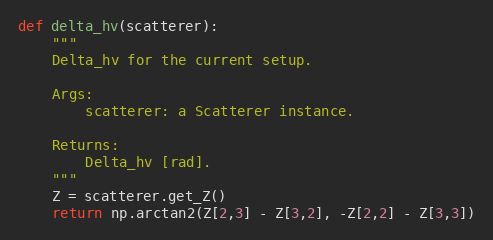
Language: Python
def delta_hv(scatterer):
    """
    Delta_hv for the current setup.

    Args:
        scatterer: a Scatterer instance.

    Returns:
        Delta_hv [rad].
    """
    Z = scatterer.get_Z()
    return np.arctan2(Z[2,3] - Z[3,2], -Z[2,2] - Z[3,3])